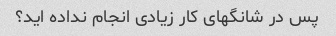
پس در شانگهای کار زیادی انجام نداده اید؟